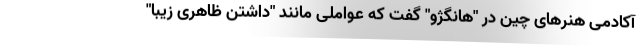
آکادمی هنرهای چین در "هانگژو" گفت که عواملی مانند "داشتن ظاهری زیبا"